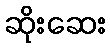
ဆိုးဆေး